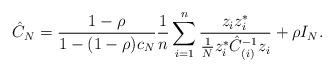
LaTeX: \begin{align*}\hat{C}_N &= \frac{1-\rho}{1-(1-\rho)c_N} \frac1n\sum_{i=1}^n \frac{z_iz_i^*}{\frac1Nz_i^*\hat{C}_{(i)}^{-1}z_i} + \rho I_N.\end{align*}